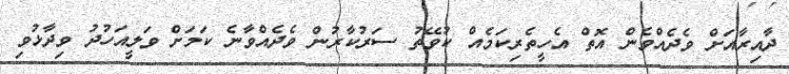
ދާއިރާއަށް ވެދެއްވެން އޮތް އެހީތެރިކަމެއް ކުވޭތު ސަރުކާރުން ވެދެއްވާނެ ކަމަށް ވަލީއަހުދު ވިދާޅުވި